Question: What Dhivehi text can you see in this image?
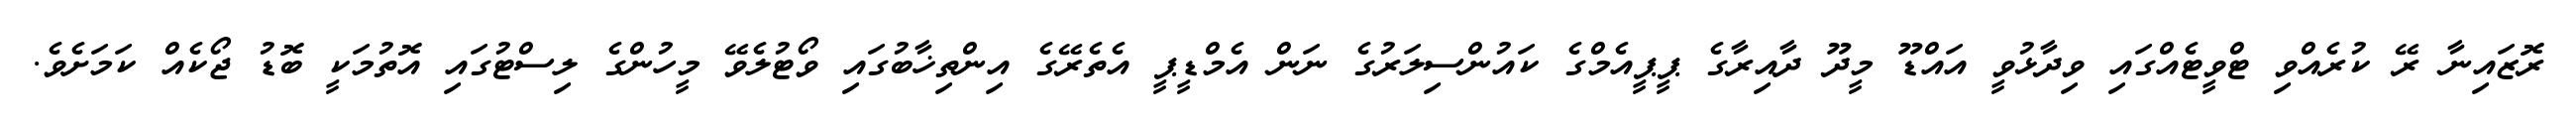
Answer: ރޮޒައިނާ ރޭ ކުރެއްވި ޓްވީޓެއްގައި ވިދާޅުވީ އައްޑޫ މީދޫ ދާއިރާގެ ޕީޕީއެމްގެ ކައުންސިލަރުގެ ނަން އެމްޑީޕީ އެތެރޭގެ އިންތިޚާބުގައި ވޯޓުލެވޭ މީހުންގެ ލިސްޓުގައި އޮތުމަކީ ބޮޑު ޖޯކެއް ކަމަށެވެ.